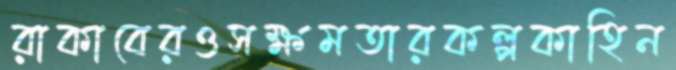
রাকাবেরওসক্ষমতারকল্পকাহিন